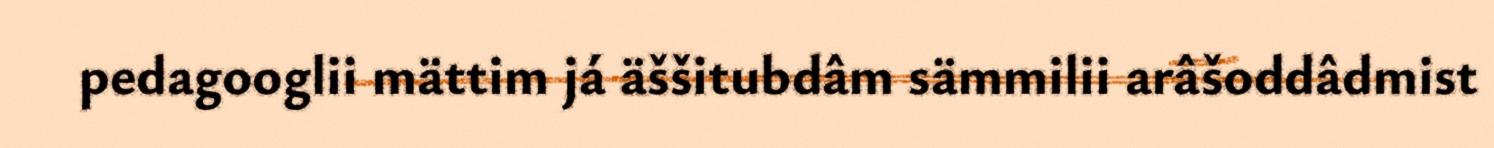
pedagooglii mättim já äššitubdâm sämmilii arâšoddâdmist